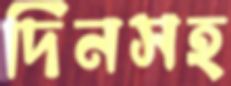
দিনসহ